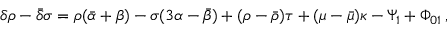
\delta \rho - { \bar { \delta } } \sigma = \rho ( { \bar { \alpha } } + \beta ) - \sigma ( 3 \alpha - { \bar { \beta } } ) + ( \rho - { \bar { \rho } } ) \tau + ( \mu - { \bar { \mu } } ) \kappa - \Psi _ { 1 } + \Phi _ { 0 1 } \, ,